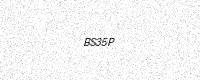
Text: BS35P